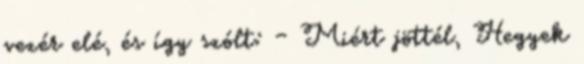
vezér elé, és így szólt: – Miért jöttél, Hegyek